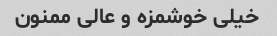
خیلی خوشمزه و عالی ممنون